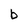
Character: b